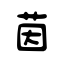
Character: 茵